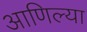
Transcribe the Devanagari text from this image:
आणिल्या